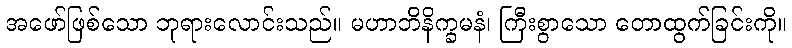
အဖော်ဖြစ်သော ဘုရားလောင်းသည်။ မဟာဘိနိက္ခမနံ၊ ကြီးစွာသော တောထွက်ခြင်းကို။